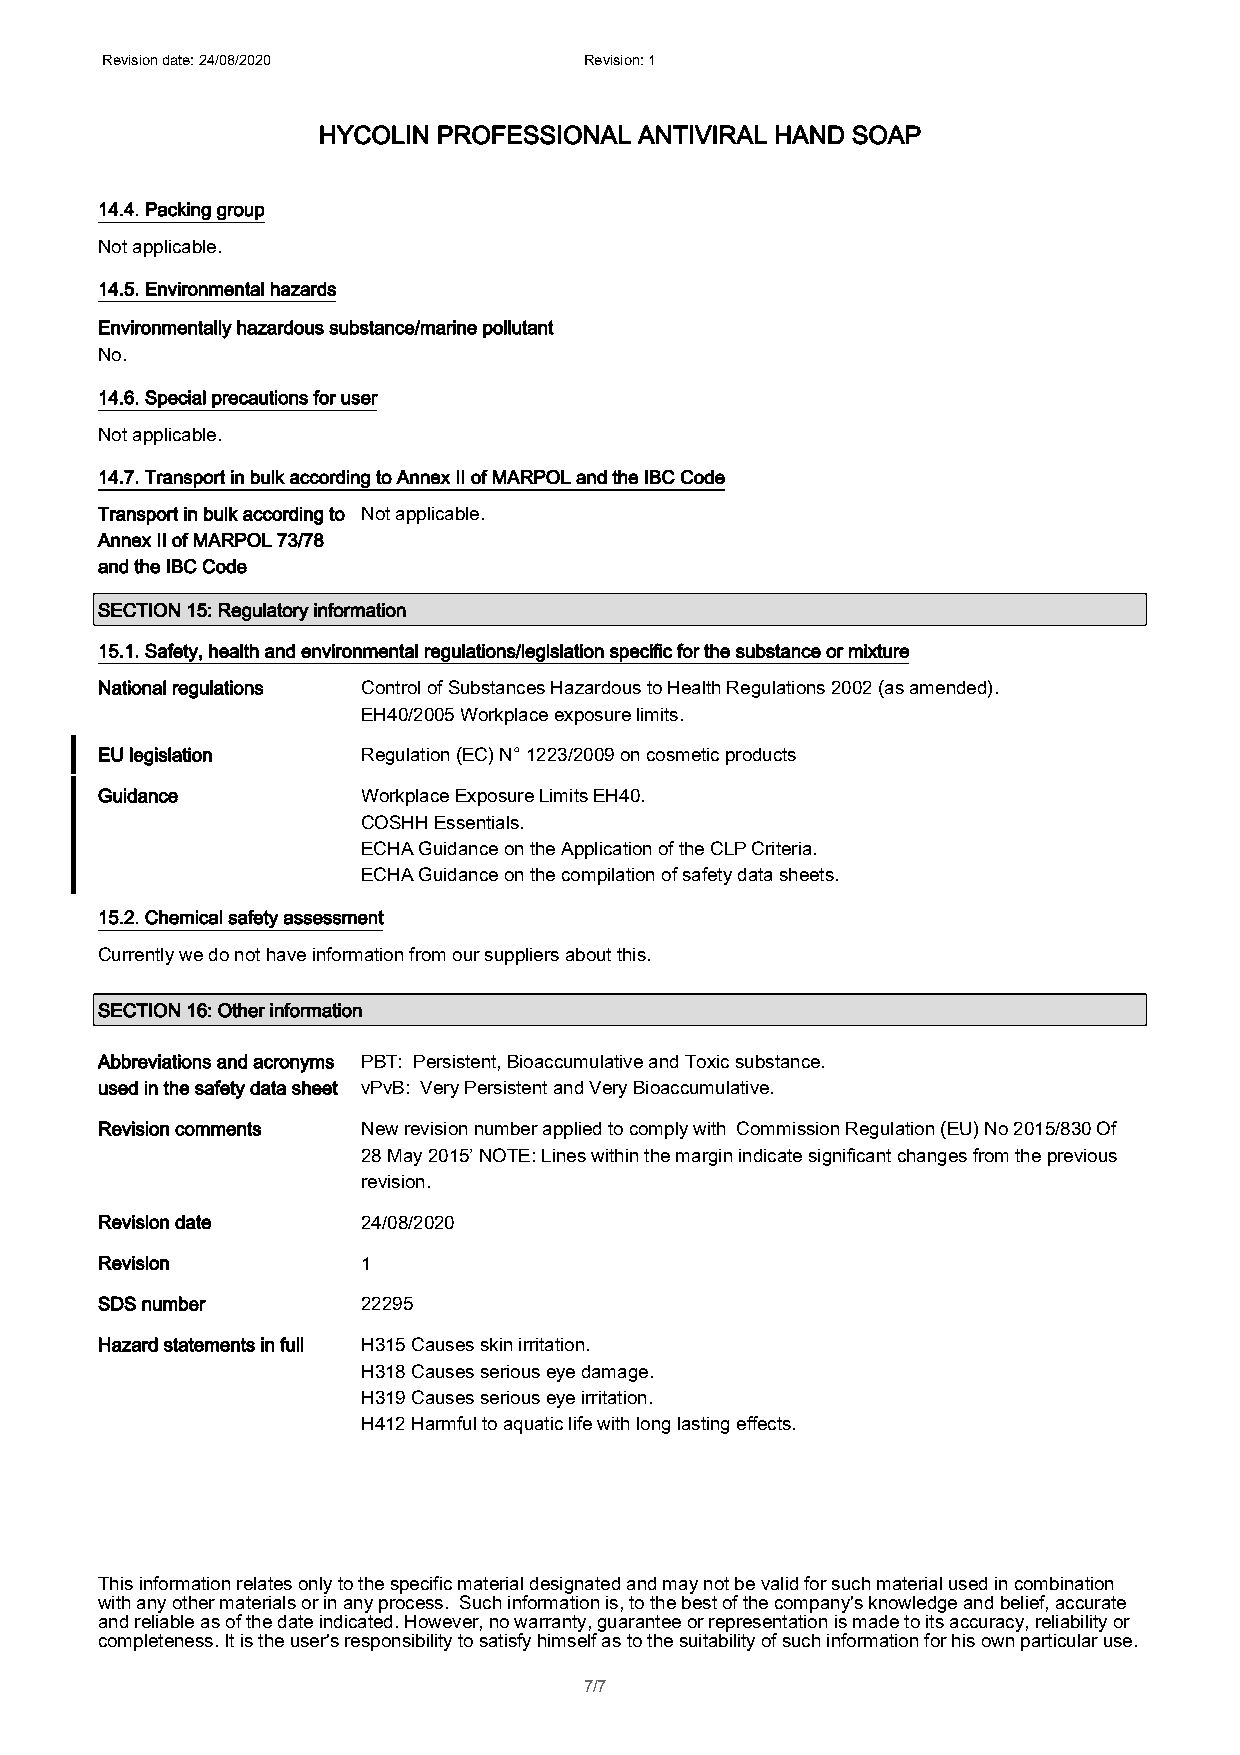
Revision date: 24/08/2020       Revision: 1
 HYCOLIN PROFESSIONAL ANTIVIRAL HAND SOAP
 14.4. Packing group
 Not applicable.
 14.5. Environmental hazards
 Environmentally hazardous substance/marine pollutant
 No.
 14.6. Special precautions for user
 Not applicable.
 14.7. Transport in bulk according to Annex II of MARPOL and the IBC Code
 Transport in bulk according to Not applicable.
 Annex II of MARPOL 73/78
 and the IBC Code
 SECTION 15: Regulatory information
 15.1. Safety, health and environmental regulations/legislation specific for the substance or mixture
 National regulations Control of Substances Hazardous to Health Regulations 2002 (as amended).
 EH40/2005 Workplace exposure limits.
 EU legislation    Regulation (EC) N° 1223/2009 on cosmetic products
 Guidance          Workplace Exposure Limits EH40.
 COSHH Essentials.
 ECHA Guidance on the Application of the CLP Criteria.
 ECHA Guidance on the compilation of safety data sheets.
 15.2. Chemical safety assessment
 Currently we do not have information from our suppliers about this.
 SECTION 16: Other information
 Abbreviations and acronyms PBT: Persistent, Bioaccumulative and Toxic substance.
 used in the safety data sheet vPvB: Very Persistent and Very Bioaccumulative.
 Revision comments New revision number applied to comply with Commission Regulation (EU) No 2015/830 Of
 28 May 2015’ NOTE: Lines within the margin indicate significant changes from the previous
 revision.
 Revision date     24/08/2020
 Revision          1
 SDS number        22295
 Hazard statements in full H315 Causes skin irritation.
 H318 Causes serious eye damage.
 H319 Causes serious eye irritation.
 H412 Harmful to aquatic life with long lasting effects.
 This information relates only to the specific material designated and may not be valid for such material used in combination
 with any other materials or in any process. Such information is, to the best of the company's knowledge and belief, accurate
 and reliable as of the date indicated. However, no warranty, guarantee or representation is made to its accuracy, reliability or
 completeness. It is the user's responsibility to satisfy himself as to the suitability of such information for his own particular use.
 7/7